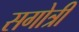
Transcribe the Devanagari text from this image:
सगोत्री